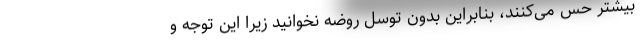
بیشتر حس می‌کنند، بنابراین بدون توسل روضه نخوانید زیرا این توجه و